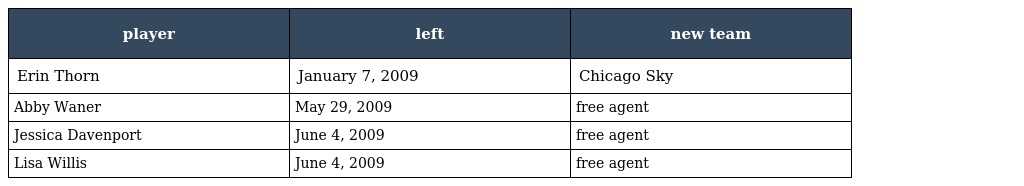
| player | left | new team |
 | --- | --- | --- |
 | Erin Thorn | January 7, 2009 | Chicago Sky |
 | Abby Waner | May 29, 2009 | free agent |
 | Jessica Davenport | June 4, 2009 | free agent |
 | Lisa Willis | June 4, 2009 | free agent |